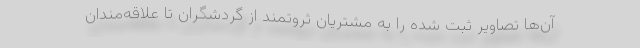
‌آن‌ها تصاویر ثبت شده را به مشتریان ثروتمند از گردشگران تا علاقه‌مندان